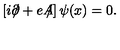
\left[ i \partial \! \! \! / + e A \! \! \! / \right] \psi ( x ) = 0 .